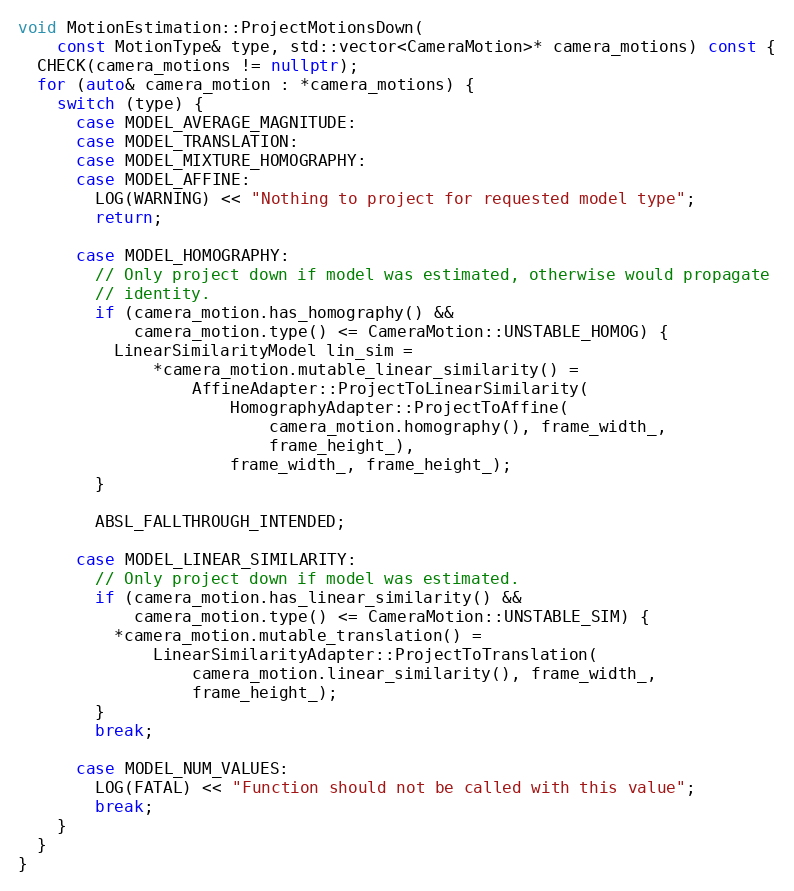
Language: C++
void MotionEstimation::ProjectMotionsDown(
    const MotionType& type, std::vector<CameraMotion>* camera_motions) const {
  CHECK(camera_motions != nullptr);
  for (auto& camera_motion : *camera_motions) {
    switch (type) {
      case MODEL_AVERAGE_MAGNITUDE:
      case MODEL_TRANSLATION:
      case MODEL_MIXTURE_HOMOGRAPHY:
      case MODEL_AFFINE:
        LOG(WARNING) << "Nothing to project for requested model type";
        return;

      case MODEL_HOMOGRAPHY:
        // Only project down if model was estimated, otherwise would propagate
        // identity.
        if (camera_motion.has_homography() &&
            camera_motion.type() <= CameraMotion::UNSTABLE_HOMOG) {
          LinearSimilarityModel lin_sim =
              *camera_motion.mutable_linear_similarity() =
                  AffineAdapter::ProjectToLinearSimilarity(
                      HomographyAdapter::ProjectToAffine(
                          camera_motion.homography(), frame_width_,
                          frame_height_),
                      frame_width_, frame_height_);
        }

        ABSL_FALLTHROUGH_INTENDED;

      case MODEL_LINEAR_SIMILARITY:
        // Only project down if model was estimated.
        if (camera_motion.has_linear_similarity() &&
            camera_motion.type() <= CameraMotion::UNSTABLE_SIM) {
          *camera_motion.mutable_translation() =
              LinearSimilarityAdapter::ProjectToTranslation(
                  camera_motion.linear_similarity(), frame_width_,
                  frame_height_);
        }
        break;

      case MODEL_NUM_VALUES:
        LOG(FATAL) << "Function should not be called with this value";
        break;
    }
  }
}